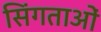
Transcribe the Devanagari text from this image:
सिंगताओं